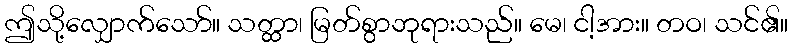
ဤသို့လျှောက်သော်။ သတ္ထာ၊ မြတ်စွာဘုရားသည်။ မေ၊ ငါ့အား။ တဝ၊ သင်၏။